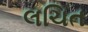
લચિત